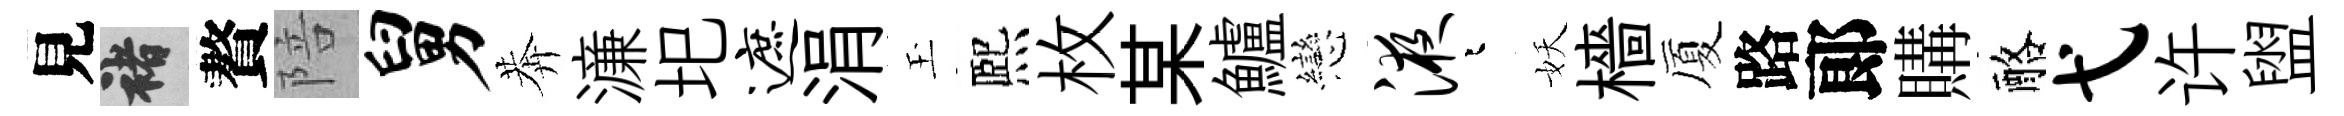
見褚贅陪舅莾濓圯遮涓玉熈枚某鱸戀液迢妖檣厦路郞購酪弋许盥